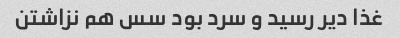
غذا دیر رسید و سرد بود سس هم نزاشتن